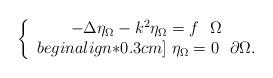
LaTeX: \begin{align*}\left\{\begin{array}{ccc}-\Delta\eta_\Omega-k^2\eta_\Omega=f\,\,\,\,\Omega\\begin{align*}0.3cm]\;\eta_\Omega=0\,\,\,\,\partial\Omega.\end{array}\right.\end{align*}